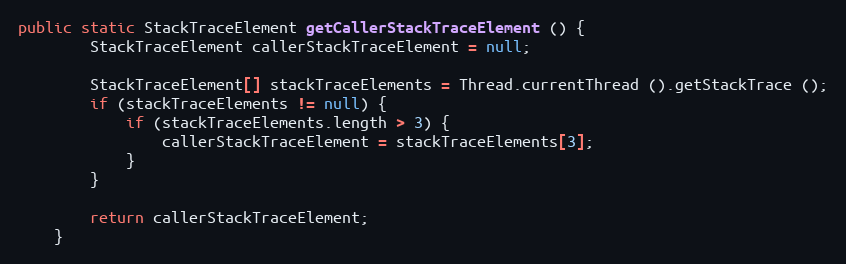
Language: Java
public static StackTraceElement getCallerStackTraceElement () {
		StackTraceElement callerStackTraceElement = null;

		StackTraceElement[] stackTraceElements = Thread.currentThread ().getStackTrace ();
		if (stackTraceElements != null) {
			if (stackTraceElements.length > 3) {
				callerStackTraceElement = stackTraceElements[3];
			}
		}

		return callerStackTraceElement;
	}